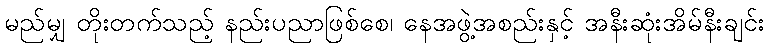
မည်မျှ တိုးတက်သည့် နည်းပညာဖြစ်စေ၊ နေအဖွဲ့အစည်းနှင့် အနီးဆုံးအိမ်နီးချင်း